Lunatic asylums Bombay report 1891-1903 - 1891-1903
Year: 1891
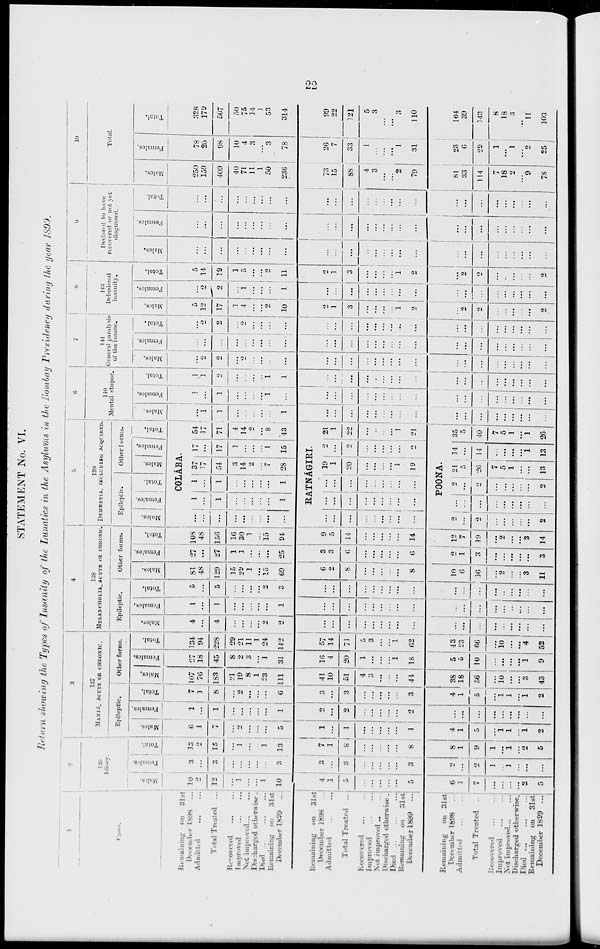
22
STATEMENT No. VI.
Return showing the Types of Insanity of the Lunatics in the Asylums in the Bombay Presidency during the year 1899.
1
Remaining on 31st
December 1898 ...
Admitted
...
...
Total Treated ...
Recovered ... ...
Improved ... ...
Not Improved ... ...
Discharged otherwise .
Died
...
...
...
Remaining on 31st
December 1899 ...
Remaining on 31st
December 1898 ...
Admitted ... ...
Total Treated ...
Recovered
...
...
Improved
...
...
Not improved ... ...
Discharged otherwise.
Died
...
...
...
Remaining on 31st
December 1899 ...
Remaining
on 31st
December 1898 ...
Admitted ... ... ...
Total Treated ...
Recovered ... ...
Improved ... ...
Not improved
...
...
Discharged otherwise.
Died
...
...
...
Remaining on 31st
December 1898 ...
2
Males.
10
2
12
...
1
...
...
1
10
4
1
5
...
...
...
...
...
5
6
1
7
...
...
...
...
2
5
Females.
3
...
3
...
...
...
...
...
3
3
...
3
...
...
...
...
...
3
2
...
2
1
...
1
...
...
...
Total.
13
2
15
...
1
...
...
1
13
7
1
8
...
...
...
...
...
8
8
1
9
1
...
1
...
2
5
3
137
MANIA, ACUTE OR CHRONIC.
Epileptic.
Males.
6
1
7
...
2
...
...
...
5
1
...
1
...
...
...
...
...
1
4
1
5
...
1
1
...
1
2
Females.
1
...
1
...
...
...
...
...
1
2
...
2
...
...
...
...
...
2
...
...
...
...
...
...
...
...
...
Total.
7
1
8
...
2
...
...
...
6
3
...
3
...
...
...
...
...
3
4
1
5
...
1
1
...
1
2
Other forms.
Males.
107
76
183
21
19
8
1
23
111
41
10
51
4
3
...
...
...
44
38
18
56
...
10
...
...
3
43
Females.
27
18
45
8
2
3
...
1
31
16
4
20
1
...
...
...
1
18
5
5
10
...
...
...
...
1
9
Total.
134
94
228
29
21
11
1
24
142
57
14
71
5
3
...
...
1
62
43
23
66
...
10
...
...
4
52
4
138
MELANCHOLIA, ACUTE OR CHRONIC.
Epileptic.
Males.
4
...
4
...
...
...
...
2
2
...
...
...
...
...
...
...
...
...
...
...
...
...
...
...
...
...
...
Females.
1
...
1
...
...
...
...
...
1
...
...
...
...
...
...
...
...
...
...
...
...
...
...
...
...
...
...
Total.
5
...
5
...
...
...
...
2
3
...
...
...
...
...
...
...
...
...
...
...
...
...
...
...
...
...
...
Other forms.
Males.
81
48
129
15
29
1
...
15
69
6
2
8
...
...
...
...
...
8
10
6
16
...
2
...
...
3
11
Females.
27
...
27
1
1
...
...
...
25
3
3
6
...
...
...
...
...
6
2
1
3
...
...
...
...
...
3
Total.
108
48
156
16
30
1
...
15
94
9
5
14
...
...
...
...
...
14
12
7
19
...
2
...
...
3
14
5
139
DEMENTIA, INCLUDING ACQUIRED
Epileptic.
Males.
...
...
...
...
...
...
...
...
...
...
...
...
...
...
...
...
...
...
2
...
2
...
...
...
...
...
2
Females.
Total.
Other forms.
Males.
Females.
COLÁBA.
1
...
1
...
...
...
...
...
1
1
...
1
...
...
...
...
...
1
37
17
54
3
14
2
...
7
28
17
...
17
1
...
...
...
1
15
RATNÁGIRI.
...
...
...
...
...
...
...
...
...
...
...
...
...
...
...
...
...
...
19
1
20
...
...
...
...
1
19
2
...
2
...
...
...
...
...
2
POONA.
...
...
...
...
...
...
...
...
...
2
...
2
...
...
...
...
...
2
21
5
26
7
5
1
...
...
13
14
...
14
...
...
...
...
1
13
Total.
54
17
71
4
14
2
...
8
43
21
1
22
...
...
...
...
1
21
35
5
40
7
5
1
...
1
26
6
140
Mental stupor.
Males.
...
1
1
...
...
...
...
...
1
...
...
...
...
...
...
...
...
...
...
...
...
...
...
...
...
...
...
Females.
1
...
1
...
...
...
...
1
...
...
...
...
...
...
...
...
...
...
...
...
...
...
...
...
...
...
...
Total.
1
1
2
...
...
...
...
1
1
...
...
...
...
...
...
...
...
...
...
...
...
...
...
...
...
...
...
7
141
General paralysis
of the insane.
Males.
...
2
2
...
2
...
...
...
...
...
...
...
...
...
...
...
...
...
...
...
...
...
...
...
...
...
...
Females.
...
...
...
...
...
...
...
...
...
...
...
...
...
...
...
...
...
...
...
...
...
...
...
...
...
...
...
Total.
...
2
2
...
2
...
...
...
...
...
...
...
...
...
...
...
...
...
...
...
...
...
...
...
...
...
...
8
142
Delusional
insanity.
Males.
5
12
17
1
4
...
...
2
10
2
1
3
...
...
...
...
1
2
...
2
2
...
...
...
...
...
2
Females.
...
2
2
...
1
...
...
...
1
...
...
...
...
...
...
...
...
...
...
...
...
...
...
...
...
...
...
Total.
5
14
19
1
5
...
...
2
11
2
1
3
...
...
...
...
1
2
...
2
2
...
..
...
...
...
2
9
Declared to have
recovered or not yet
diagnosed.
Males.
...
...
...
...
...
...
...
...
...
...
...
...
...
...
...
...
...
...
...
...
...
...
...
...
...
...
...
Females.
...
...
...
...
...
...
...
...
...
...
...
...
...
...
...
...
...
...
...
...
...
...
...
...
...
...
...
Total.
...
...
...
...
...
...
...
...
...
...
...
...
...
...
...
...
...
...
...
...
...
...
...
...
...
...
...
10
Total.
Males.
250
159
409
40
71 11
1
50
236
73
15
88
4
3
...
...
2
79
81
33
114
7
18
2
...
9
78
Females.
78
20
98
10
4
3
...
3
78
26
7
33
1
...
...
...
1
31
23
6
29
1
...
1
...
2
25
Total.
328
179
507
50
75
14
1
53
314
99
22
121
5
3
...
...
3
110
104
39
143
8
18
3
...
11
103